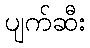
ပျက်ဆီး